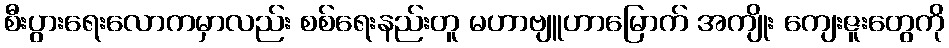
စီးပွားရေးလောကမှာလည်း စစ်ရေးနည်းတူ မဟာဗျူဟာမြောက် အကျိုး ကျေးဇူးတွေကို